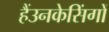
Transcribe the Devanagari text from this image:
हैंउनकेसिंगों